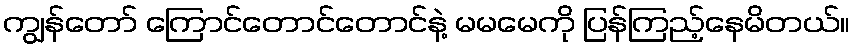
ကျွန်တော် ကြောင်တောင်တောင်နဲ့ မမမေကို ပြန်ကြည့်နေမိတယ်။